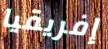
إفريقيا